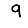
Digit: 9